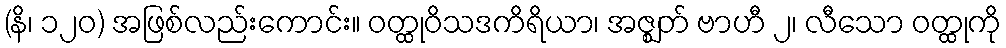
(နိ၊ ၁၂၀) အဖြစ်လည်းကောင်း။ ဝတ္ထုဝိသဒကိရိယာ၊ အဇ္ဈတ် ဗာဟီ ၂၊ လီသော ဝတ္ထုကို